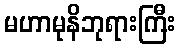
မဟာမုနိဘုရားကြီး